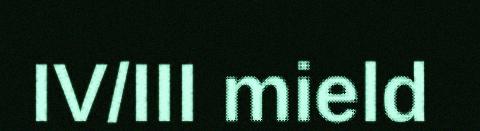
IV/III mield